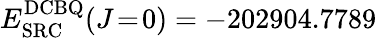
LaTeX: E_{\mathrm{SRC}}^{\mathrm{DCBQ}}(J\! =\! 0)=-202904.7789